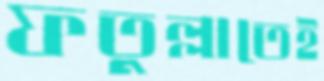
ফতুল্লাতেই